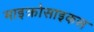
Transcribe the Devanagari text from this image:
माइक्रोसाइकस